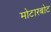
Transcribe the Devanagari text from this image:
मोटारबोट